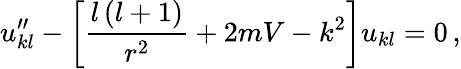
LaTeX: u_{kl}^{\prime\prime}-\left[\frac{l\left(l+1\right)}{r^{2}}+2mV-k^{2}\right]u_{kl}=0\, ,